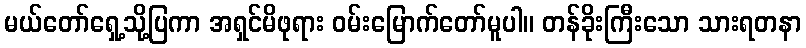
မယ်တော်ရှေ့သို့ပြကာ အရှင်မိဖုရား ဝမ်းမြောက်တော်မူပါ။ တန်ခိုးကြီးသော သားရတနာ